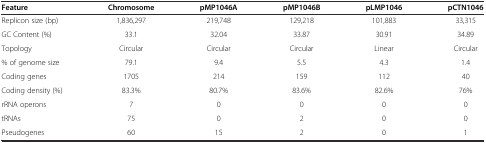
| Feature | Chromosome | pMP1046A | pMP1046B | pLMP1046 | pCTN1046 |
 | --- | --- | --- | --- | --- | --- |
 | Replicon size (bp) | 1,836,297 | 219,748 | 129,218 | 101,883 | 33,315 |
 | GC Content (%) | 33.1 | 32.04 | 33.87 | 30.91 | 34.89 |
 | Topology | Circular | Circular | Circular | Linear | Circular |
 | % of genome size | 79.1 | 9.4 | 5.5 | 4.3 | 1.4 |
 | Coding genes | 1705 | 214 | 159 | 112 | 40 |
 | Coding density (%) | 83.3% | 80.7% | 83.6% | 82.6% | 76% |
 | rRNA operons | 7 | 0 | 0 | 0 | 0 |
 | tRNAs | 75 | 0 | 2 | 0 | 0 |
 | Pseudogenes | 60 | 15 | 2 | 0 | 1 |